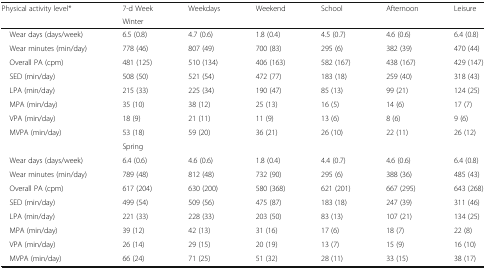
<table><thead><tr><td rowspan="2"><b>Physical activity level*</b></td><td><b>7-d Week</b></td><td><b>Weekdays</b></td><td><b>Weekend</b></td><td><b>School</b></td><td><b>Afternoon</b></td><td><b>Leisure</b></td></tr><tr><td colspan="6"><b>Winter</b></td></tr></thead><tbody><tr><td> Wear days (days/week)</td><td>6.5 (0.8)</td><td>4.7 (0.6)</td><td>1.8 (0.4)</td><td>4.5 (0.7)</td><td>4.6 (0.6)</td><td>6.4 (0.8)</td></tr><tr><td> Wear minutes (min/day)</td><td>778 (46)</td><td>807 (49)</td><td>700 (83)</td><td>295 (6)</td><td>382 (39)</td><td>470 (44)</td></tr><tr><td> Overall PA (cpm)</td><td>481 (125)</td><td>510 (134)</td><td>406 (163)</td><td>582 (167)</td><td>438 (167)</td><td>429 (147)</td></tr><tr><td> SED (min/day)</td><td>508 (50)</td><td>521 (54)</td><td>472 (77)</td><td>183 (18)</td><td>259 (40)</td><td>318 (43)</td></tr><tr><td> LPA (min/day)</td><td>215 (33)</td><td>225 (34)</td><td>190 (47)</td><td>85 (13)</td><td>99 (21)</td><td>124 (25)</td></tr><tr><td> MPA (min/day)</td><td>35 (10)</td><td>38 (12)</td><td>25 (13)</td><td>16 (5)</td><td>14 (6)</td><td>17 (7)</td></tr><tr><td> VPA (min/day)</td><td>18 (9)</td><td>21 (11)</td><td>11 (9)</td><td>13 (6)</td><td>8 (6)</td><td>9 (6)</td></tr><tr><td> MVPA (min/day)</td><td>53 (18)</td><td>59 (20)</td><td>36 (21)</td><td>26 (10)</td><td>22 (11)</td><td>26 (12)</td></tr><tr><td></td><td colspan="6">Spring</td></tr><tr><td> Wear days (days/week)</td><td>6.4 (0.6)</td><td>4.6 (0.6)</td><td>1.8 (0.4)</td><td>4.4 (0.7)</td><td>4.6 (0.6)</td><td>6.4 (0.8)</td></tr><tr><td> Wear minutes (min/day)</td><td>789 (48)</td><td>812 (48)</td><td>732 (90)</td><td>295 (6)</td><td>388 (36)</td><td>485 (43)</td></tr><tr><td> Overall PA (cpm)</td><td>617 (204)</td><td>630 (200)</td><td>580 (368)</td><td>621 (201)</td><td>667 (295)</td><td>643 (268)</td></tr><tr><td> SED (min/day)</td><td>499 (54)</td><td>509 (56)</td><td>475 (87)</td><td>183 (18)</td><td>247 (39)</td><td>311 (46)</td></tr><tr><td> LPA (min/day)</td><td>221 (33)</td><td>228 (33)</td><td>203 (50)</td><td>83 (13)</td><td>107 (21)</td><td>134 (25)</td></tr><tr><td> MPA (min/day)</td><td>39 (12)</td><td>42 (13)</td><td>31 (16)</td><td>17 (6)</td><td>18 (7)</td><td>22 (8)</td></tr><tr><td> VPA (min/day)</td><td>26 (14)</td><td>29 (15)</td><td>20 (19)</td><td>13 (7)</td><td>15 (9)</td><td>16 (10)</td></tr><tr><td> MVPA (min/day)</td><td>66 (24)</td><td>71 (25)</td><td>51 (32)</td><td>28 (11)</td><td>33 (15)</td><td>38 (17)</td></tr></tbody></table>